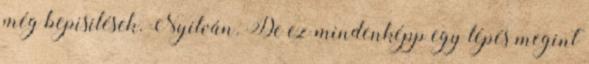
még bepisilések. Nyilván. De ez mindenképp egy lépés megint